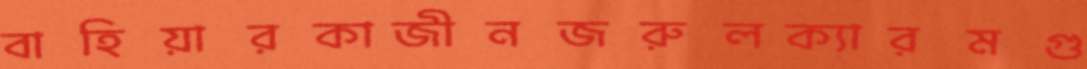
বাহিয়ারকাজীনজরুলক্যারমগু